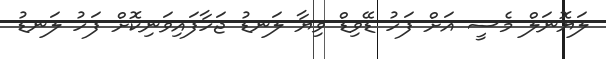
ލަޔޮނަލް މެސީ އަށް ފަހު ޑޭވިޑް ވިޔާ ލަނޑު ޖަހާފައިވަނިކޮށް ފަހު ލަނޑު